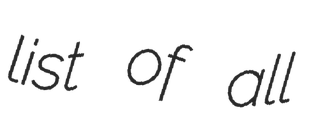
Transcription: list of all